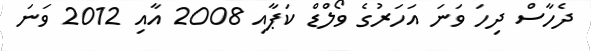
ދެހާސް ދިހަ ވަނަ އަހަރުގެ ވޯލްޑް ކަޕާއި 2008 އާއި 2012 ވަނަ